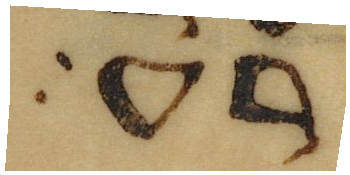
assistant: רע